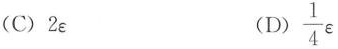
(C)2\varepsilon (D)\frac{1}{4}\varepsilon